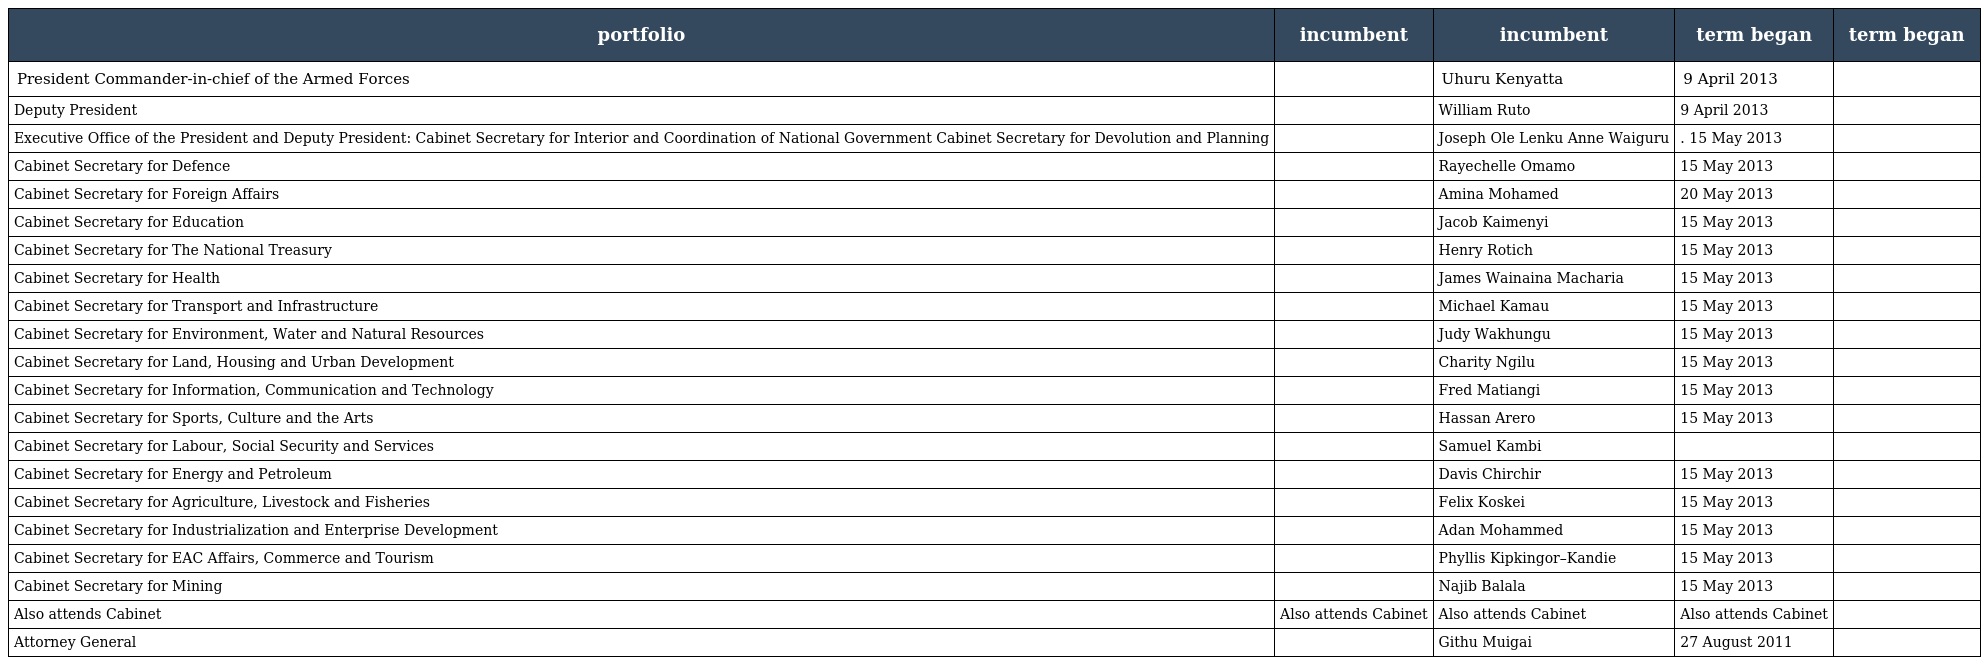
| portfolio | incumbent | incumbent | term began | term began |
 | --- | --- | --- | --- | --- |
 | President Commander-in-chief of the Armed Forces |  | Uhuru Kenyatta | 9 April 2013 |  |
 | Deputy President |  | William Ruto | 9 April 2013 |  |
 | Executive Office of the President and Deputy President: Cabinet Secretary for Interior and Coordination of National Government Cabinet Secretary for Devolution and Planning |  | Joseph Ole Lenku Anne Waiguru | . 15 May 2013 |  |
 | Cabinet Secretary for Defence |  | Rayechelle Omamo | 15 May 2013 |  |
 | Cabinet Secretary for Foreign Affairs |  | Amina Mohamed | 20 May 2013 |  |
 | Cabinet Secretary for Education |  | Jacob Kaimenyi | 15 May 2013 |  |
 | Cabinet Secretary for The National Treasury |  | Henry Rotich | 15 May 2013 |  |
 | Cabinet Secretary for Health |  | James Wainaina Macharia | 15 May 2013 |  |
 | Cabinet Secretary for Transport and Infrastructure |  | Michael Kamau | 15 May 2013 |  |
 | Cabinet Secretary for Environment, Water and Natural Resources |  | Judy Wakhungu | 15 May 2013 |  |
 | Cabinet Secretary for Land, Housing and Urban Development |  | Charity Ngilu | 15 May 2013 |  |
 | Cabinet Secretary for Information, Communication and Technology |  | Fred Matiangi | 15 May 2013 |  |
 | Cabinet Secretary for Sports, Culture and the Arts |  | Hassan Arero | 15 May 2013 |  |
 | Cabinet Secretary for Labour, Social Security and Services |  | Samuel Kambi |  |  |
 | Cabinet Secretary for Energy and Petroleum |  | Davis Chirchir | 15 May 2013 |  |
 | Cabinet Secretary for Agriculture, Livestock and Fisheries |  | Felix Koskei | 15 May 2013 |  |
 | Cabinet Secretary for Industrialization and Enterprise Development |  | Adan Mohammed | 15 May 2013 |  |
 | Cabinet Secretary for EAC Affairs, Commerce and Tourism |  | Phyllis Kipkingor–Kandie | 15 May 2013 |  |
 | Cabinet Secretary for Mining |  | Najib Balala | 15 May 2013 |  |
 | Also attends Cabinet | Also attends Cabinet | Also attends Cabinet | Also attends Cabinet |  |
 | Attorney General |  | Githu Muigai | 27 August 2011 |  |